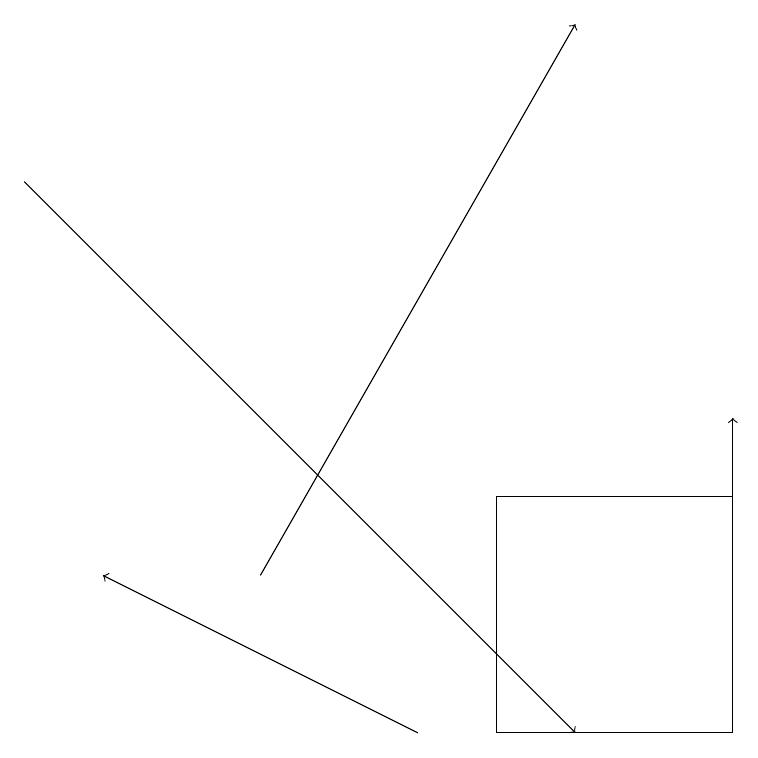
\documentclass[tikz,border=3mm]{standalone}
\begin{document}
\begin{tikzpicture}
\draw[->] (5,10) -- (1,12);
\draw (6,10) rectangle (9,13);
\draw[->] (0,17) -- (7,10);
\draw[->] (9,11) -- (9,14);
\draw[->] (3,12) -- (7,19);
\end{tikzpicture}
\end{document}